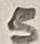
Text: 5